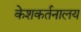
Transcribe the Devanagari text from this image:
केशकर्तनालय